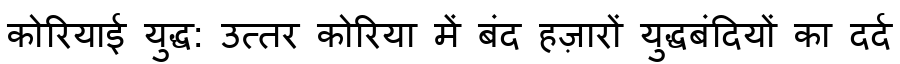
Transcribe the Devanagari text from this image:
कोरियाई युद्ध: उत्तर कोरिया में बंद हज़ारों युद्धबंदियों का दर्द